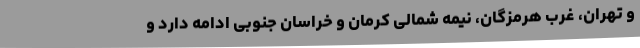
و تهران، غرب هرمزگان، نیمه شمالی کرمان و خراسان جنوبی ادامه دارد و